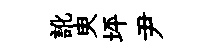
訛㬰坪尹